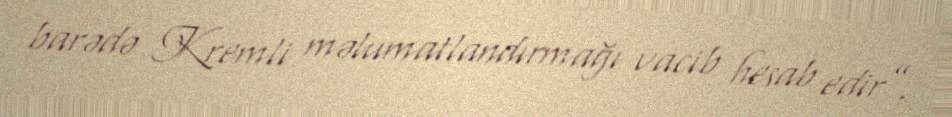
barədə Kremli məlumatlandırmağı vacib hesab edir”.